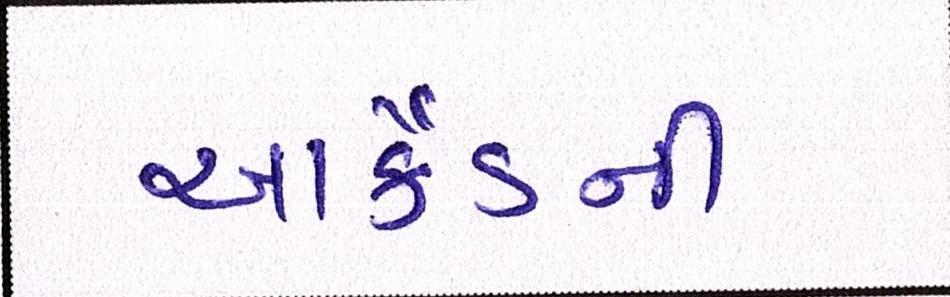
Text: આર્કેડની